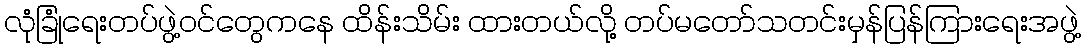
လုံခြုံရေးတပ်ဖွဲ့ဝင်တွေကနေ ထိန်းသိမ်း ထားတယ်လို့ တပ်မတော်သတင်းမှန်ပြန်ကြားရေးအဖွဲ့